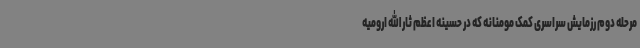
مرحله دوم رزمایش سراسری کمک مومنانه که در حسینه اعظم ثارالله ارومیه